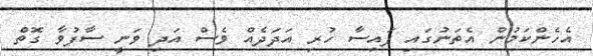
އެހެންކަމުން އެތަނުގައި ފައިސާ ހުރި އަދަދެއް ވެސް އަދި ވަނީ ސާފުވާ ގޮތް